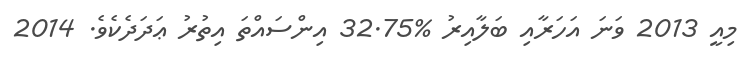
މިއީ 2013 ވަނަ އަހަރާއި ބަލާއިރު %32.75 އިންސައްތަ އިތުރު ޢަދަދެކެވެ. 2014